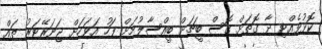
ކޮޅުވެއްޓި ދާ ގޮތަށް ގޮސް ބީޗަށް ބީއްސާލުމަށް ފަހު އަވަހަށް ޖަނަރޭޓަރު ތައް